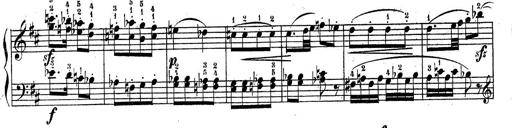
Title: Sonatine No.3
Composer: Peter Piel
Key: D major